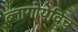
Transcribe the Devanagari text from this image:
ब्लागोयेविच